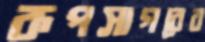
রূপসাগরের